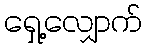
ရှေ့လျှောက်